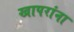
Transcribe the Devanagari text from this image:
खापरांना